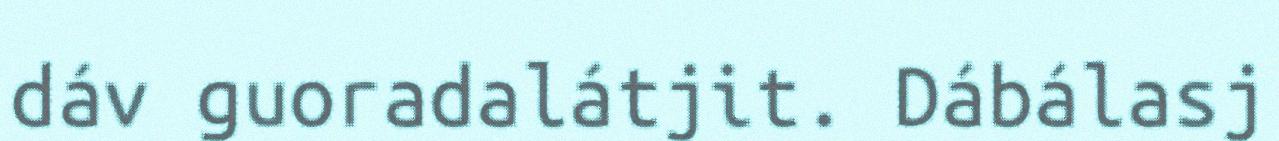
dáv guoradalátjit. Dábálasj